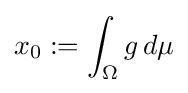
x_{0}:=\int _{\Omega }g\,d\mu